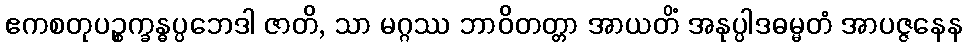
ဧကစတုပဉ္စက္ခန္ဓပ္ပဘေဒါ ဇာတိ, သာ မဂ္ဂဿ ဘာဝိတတ္တာ အာယတိံ အနုပ္ပါဒဓမ္မတံ အာပဇ္ဇနေန